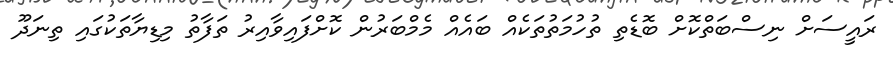
ރައީސަށް ނިސްބަތްކޮށް ބޮޑެތި ތުހުމަތުތަކެއް ބައެއް މެމްބަރުން ކޮށްފައިވާއިރު ތަފާތު މިޑިޔާތަކުގައި ތިނަދޫ